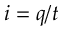
i = q / t